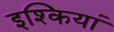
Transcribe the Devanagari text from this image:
इश्कियां